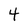
Character: 4